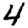
Digit: 4